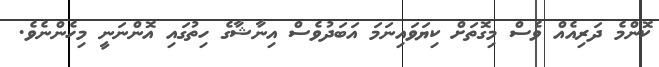
ކޮންމެ ދަރިއެއް ވެސް މިގޮތަށް ކިޔަވައިނަމަ އަބަދުވެސް އިނާޝާގެ ހިތުގައި އޮންނަނީ މިހެންނެވެ.